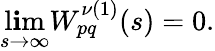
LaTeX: \operatorname*{l\mathbf{i}m}_{s\to\infty}W_{pq}^{\nu(1)}(s)=0.